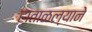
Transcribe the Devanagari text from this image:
हाताळल्याने